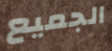
الجميع